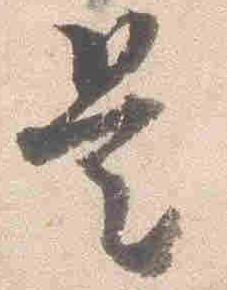
是